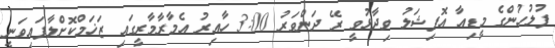
ފުލުހުންގެ މީޑިއާ އޮފިޝަލު ވިދާޅުވީ ރޭ ދަންވަރު 3:00 ހާއިރު އެމާރާމާރީގައި ޒަޚަމްކޮށްލާފައިވަނީ